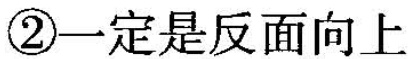
②一定是反面向上